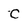
Character: C